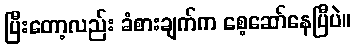
ပြီးတော့လည်း ခံစားချက်က စေ့ဆော်နေပြီပဲ။